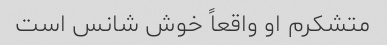
متشکرم او واقعاً خوش شانس است